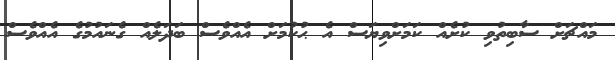
މައްޗަށް ސާބިތުވި ކުށެއް ކަމަށްވިޔަސް އެ ޙުކުމަށް އެއްވެސް ބަދަލެއް ގެނައުމުގެ އެއްވެސް